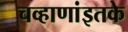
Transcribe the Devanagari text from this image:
चव्हाणांइतके